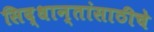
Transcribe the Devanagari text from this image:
सिद्धान्तांसाठीचे